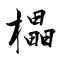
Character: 櫑